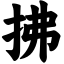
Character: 拂